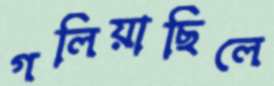
গলিয়াছিলে